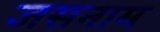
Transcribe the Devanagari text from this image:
जसनाम